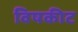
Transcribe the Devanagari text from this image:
विषकीट